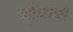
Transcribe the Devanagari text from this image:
वर्तुळांची